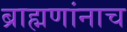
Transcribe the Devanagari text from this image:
ब्राह्मणांनाच